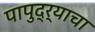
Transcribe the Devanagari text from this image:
पापुद्र्याचा